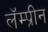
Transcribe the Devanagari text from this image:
लॅम्प्रीन